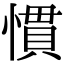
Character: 慣